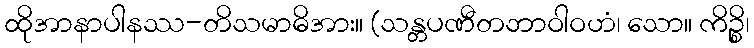
ထိုအာနာပါနဿ-တိသမာဓိအား။ (သန္တပဏီတဘာဝါဝဟံ၊ သော။ ကိဉ္စိ၊